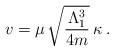
LaTeX: \begin{align*}v=\mu\,\sqrt{\frac{\Lambda_1^3}{4m}}\,\kappa\;.\end{align*}